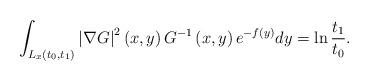
LaTeX: \begin{align*}\int_{L_{x}\left( t_{0},t_{1}\right) }\left\vert \nabla G\right\vert^{2}\left( x,y\right) G^{-1}\left( x,y\right) e^{-f\left( y\right) }dy=\ln \frac{t_{1}}{t_{0}}. \end{align*}